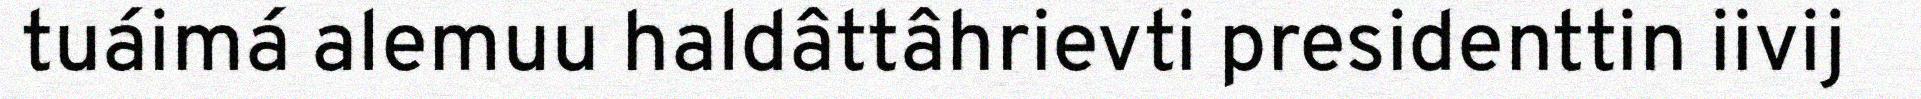
tuáimá alemuu haldâttâhrievti presidenttin iivij